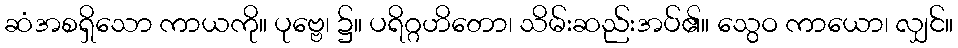
ဆံအစရှိသော ကာယကို။ ပုဗ္ဗေ၊ ၌။ ပရိဂ္ဂဟိတော၊ သိမ်းဆည်းအပ်၏။ သွေဝ ကာယော၊ လျှင်။